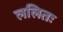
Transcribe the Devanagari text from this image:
ललितः